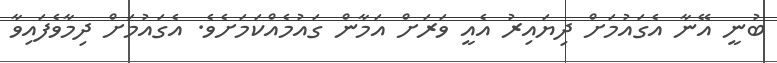
ބުނީ އޭނާ އެގައުމަށް ދިޔައިރު އެއީ ވަރަށް އަމާން ގައުމެއްކަމަށެވެ. އެގައުމަށް ދިމާވެފައިވާ